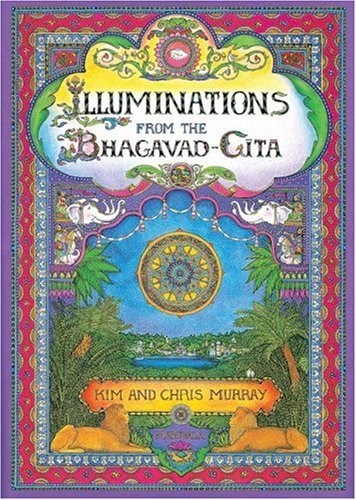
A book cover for Illuminations from the Bhagavad Gita; Kim Waters; Children's Books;